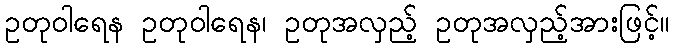
ဥတုဝါရေန ဥတုဝါရေန၊ ဥတုအလှည့် ဥတုအလှည့်အားဖြင့်။